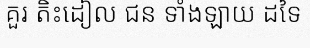
គួរ តិះដៀល ជន ទាំងឡាយ ដទៃ